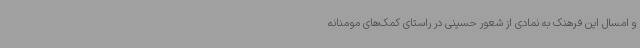
و امسال این فرهنک به نمادی از شعور حسینی در راستای کمک‌های مومنانه